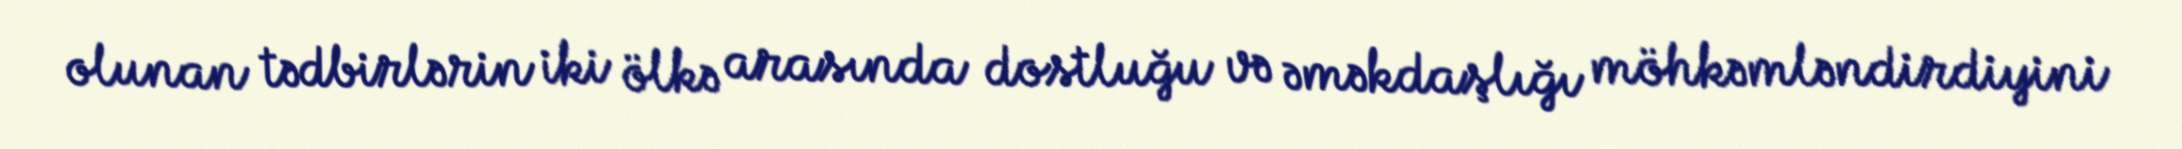
olunan tədbirlərin iki ölkə arasında dostluğu və əməkdaşlığı möhkəmləndirdiyini